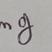
Signature authenticity: genuine